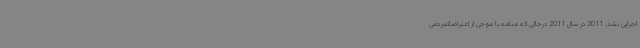
اجرایی نشد. 2011 در سال 2011 درحالی که منامه با موجی از اعتراضاتمردمی